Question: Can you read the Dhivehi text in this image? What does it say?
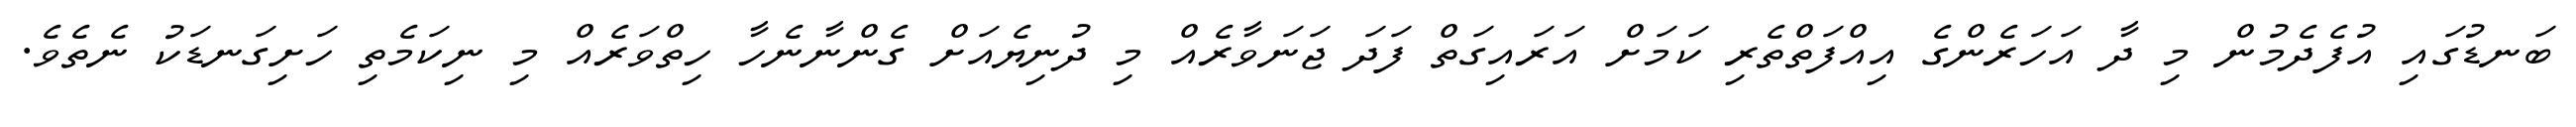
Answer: ބަނޑުގައި އުފެދެމުން މި ދާ އަހަރެންގެ އިއްފަތްތެރި ކަމަށް އަރައިގަތް ފަދަ ޖަނަވާރެއް މި ދުނިޔެއަށް ގެންނާނެހާ ހިތްވަރެއް މި ނިކަމެތި ހަށިގަނޑަކު ނެތެވެ.